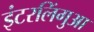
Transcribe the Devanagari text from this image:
इंटरलिंगुआ